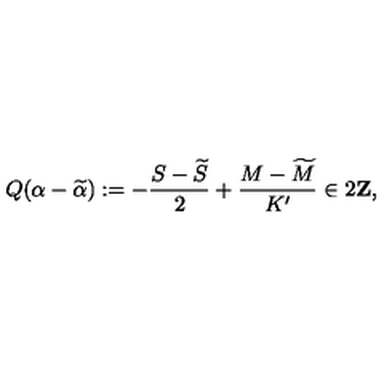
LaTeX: Q ( \alpha - \widetilde { \alpha } ) : = - \frac { S - \widetilde { S } } { 2 } + \frac { M - \widetilde { M } } { K ^ { \prime } } \in 2 { \bf Z } ,